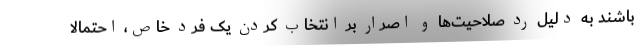
باشند به دلیل رد صلاحیت‌ها و اصرار بر انتخاب کردن یک فرد خاص، احتمالاً